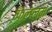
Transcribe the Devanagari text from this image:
फिलल्म